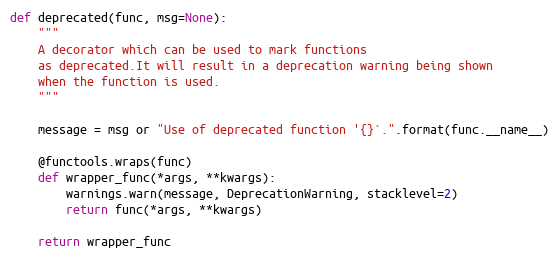
Language: Python
def deprecated(func, msg=None):
    """
    A decorator which can be used to mark functions
    as deprecated.It will result in a deprecation warning being shown
    when the function is used.
    """

    message = msg or "Use of deprecated function '{}`.".format(func.__name__)

    @functools.wraps(func)
    def wrapper_func(*args, **kwargs):
        warnings.warn(message, DeprecationWarning, stacklevel=2)
        return func(*args, **kwargs)

    return wrapper_func